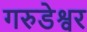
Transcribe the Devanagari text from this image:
गरुडेश्वर